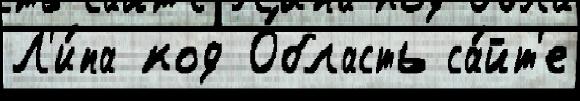
Л'и́па код О́бласть са́йт'е